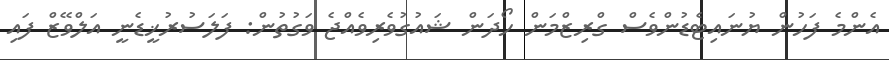
އެންމެ ފަހުން ޔުނައިޓެޑުންވެސް ގްރިޒްމަން ހޯދަން ޝައުގުވެރިވެއްޖެ ވަގުތުން: ފަލަސުރުޚީޑެނީ އަލްވޭޒް ފައި